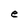
Character: e